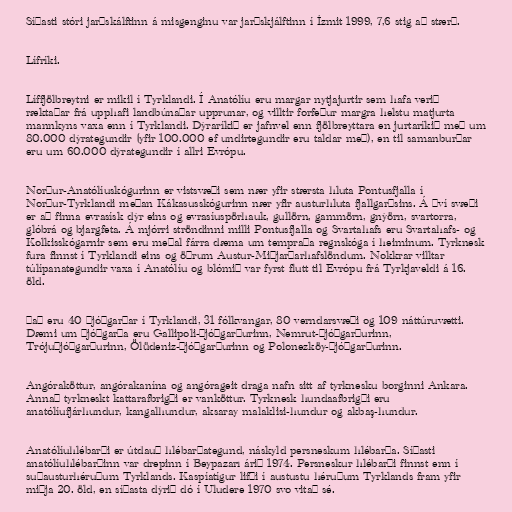
Síðasti stóri jarðskálftinn á misgenginu var jarðskjálftinn í İzmit 1999, 7,6 stig að stærð.

Lífríki.

Líffjölbreytni er mikil í Tyrklandi. Í Anatólíu eru margar nytjajurtir sem hafa verið
ræktaðar frá upphafi landbúnaðar upprunar, og villtir forfeður margra helstu matjurta
mannkyns vaxa enn í Tyrklandi. Dýraríkið er jafnvel enn fjölbreyttara en jurtaríkið með um
80.000 dýrategundir (yfir 100.000 ef undirtegundir eru taldar með), en til samanburðar
eru um 60.000 dýrategundir í allri Evrópu.

Norður-Anatólíuskógurinn er vistsvæði sem nær yfir stærsta hluta Pontusfjalla í
Norður-Tyrklandi meðan Kákasusskógurinn nær yfir austurhluta fjallgarðsins. Á því svæði
er að finna evrasísk dýr eins og evrasíuspörhauk, gullörn, gammörn, gnýörn, svartorra,
glóbrá og bjargfeta. Á mjórri ströndinni milli Pontusfjalla og Svartahafs eru Svartahafs- og
Kolkisskógarnir sem eru meðal fárra dæma um tempraða regnskóga í heiminum. Tyrknesk
fura finnst í Tyrklandi eins og öðrum Austur-Miðjarðarhafslöndum. Nokkrar villtar
túlípanategundir vaxa í Anatólíu og blómið var fyrst flutt til Evrópu frá Tyrkjaveldi á 16.
öld.

Það eru 40 þjóðgarðar í Tyrklandi, 31 fólkvangar, 80 verndarsvæði og 109 náttúruvætti.
Dæmi um þjóðgarða eru Gallipoli-þjóðgarðurinn, Nemrut-þjóðgarðurinn,
Trójuþjóðgarðurinn, Ölüdeniz-þjóðgarðurinn og Polonezköy-þjóðgarðurinn.

Angóraköttur, angórakanína og angórageit draga nafn sitt af tyrknesku borginni Ankara.
Annað tyrkneskt kattarafbrigði er vanköttur. Tyrknesk hundaafbrigði eru
anatólíufjárhundur, kangalhundur, aksaray malaklisi-hundur og akbaş-hundur.

Anatólíuhlébarði er útdauð hlébarðategund, náskyld persneskum hlébarða. Síðasti
anatólíuhlébarðinn var drepinn í Beypazarı árið 1974. Persneskur hlébarði finnst enn í
suðausturhéruðum Tyrklands. Kaspíatígur lifði í austustu héruðum Tyrklands fram yfir
miðja 20. öld, en síðasta dýrið dó í Uludere 1970 svo vitað sé.